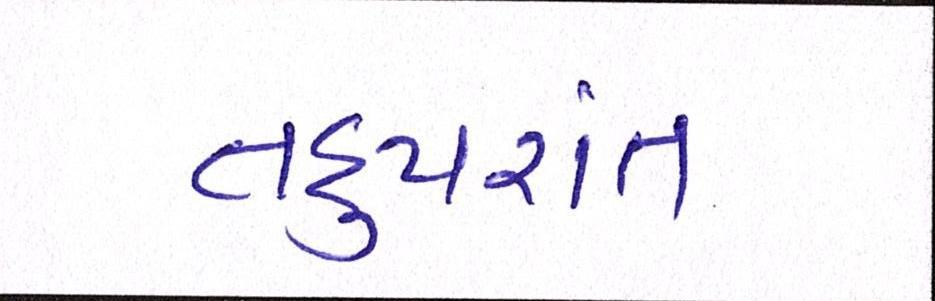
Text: તદુપરાંત